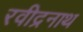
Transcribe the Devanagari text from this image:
रवीद्रनाथ